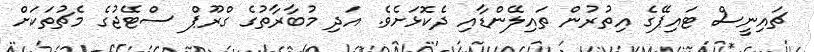
ޗައިނީސް ޓައިޕޭގެ އިތުރުން ތައިލޭންޑާއި ދެކޮޅަށެވެ. އަދި މުބާރާތުގެ ގްރޫޕް ސްޓޭޖުގެ މެޗުތަކަށް